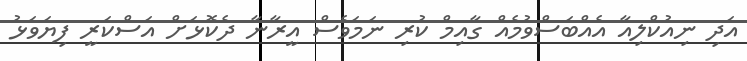
އަދި ނިއުކްލިއާ އެއްބަސްވުމެއް ގާއިމް ކުރި ނަމަވެސް އީރާނާ ދެކޮޅަށް އަސްކަރީ ފިޔަވަޅު